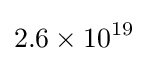
2.6\times 10^{19}